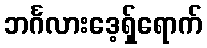
ဘင်္ဂလားဒေ့ရှ်ရောက်